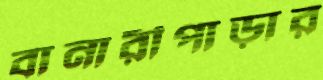
বানারীপাড়ার